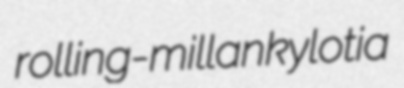
rolling-mill ankylotia